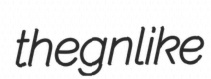
thegnlike